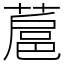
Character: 蔰